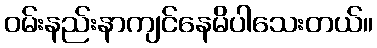
ဝမ်းနည်းနာကျင်နေမိပါသေးတယ်။